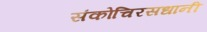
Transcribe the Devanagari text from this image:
संकोचिरसधानी